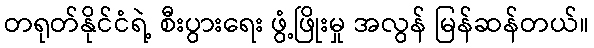
တရုတ်နိုင်ငံရဲ့ စီးပွားရေး ဖွံ့ဖြိုးမှု အလွန် မြန်ဆန်တယ်။